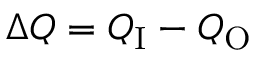
\Delta Q = Q _ { \mathrm { I } } - Q _ { \mathrm { O } }